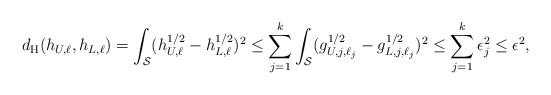
LaTeX: \begin{align*}d_{\mathrm{H}}(h_{U,\ell},h_{L,\ell}) = \int_{\mathcal{S}} (h_{U,\ell}^{1/2} - h_{L,\ell}^{1/2})^2 \leq \sum_{j=1}^k \int_{\mathcal{S}} (g_{U,j,\ell_j}^{1/2} - g_{L,j,\ell_j}^{1/2})^2 \leq \sum_{j=1}^k \epsilon_j^2 \leq \epsilon^2,\end{align*}